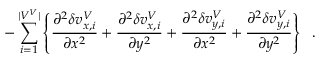
- \sum _ { i = 1 } ^ { | V ^ { V } | } \left\{ \frac { \partial ^ { 2 } \delta v _ { x , i } ^ { V } } { \partial x ^ { 2 } } + \frac { \partial ^ { 2 } \delta v _ { x , i } ^ { V } } { \partial y ^ { 2 } } + \frac { \partial ^ { 2 } \delta v _ { y , i } ^ { V } } { \partial x ^ { 2 } } + \frac { \partial ^ { 2 } \delta v _ { y , i } ^ { V } } { \partial y ^ { 2 } } \right\} \; \; .